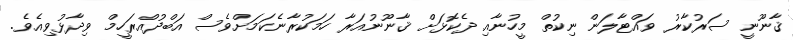
ޤާނޫނީ ސަރުކާރު ވައްޓާލަން ނިކުތް މީހުނާއި ދެކޮޅަށް ޤާނޫނުއަރާ ހަމަކުރާނެކަމަށްވެސް އަބްދުއްރަހީމް ވިދާޅުވިއެވެ.